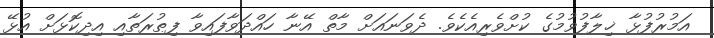
އަމުރުފުޅާ ޚިލާފުވުމުގެ ކުށްވެރިއެކެވެ. ދެވަނައަށް މާތް އޭނާ ހައްދަވާފައިވާ ފިޠުރަތާއި އިދިކޮޅަށް އުޅޭ